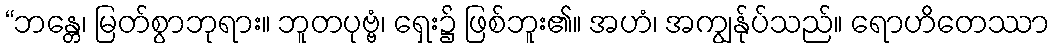
“ဘန္တေ၊ မြတ်စွာဘုရား။ ဘူတပုဗ္ဗံ၊ ရှေး၌ ဖြစ်ဘူး၏။ အဟံ၊ အကျွန်ုပ်သည်။ ရောဟိတေဿာ